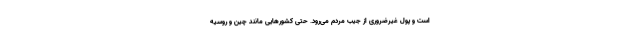
است و پول غیرضروری از جیب مردم می‌رود. حتی کشورهایی مانند چین و روسیه